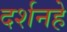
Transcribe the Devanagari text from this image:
दर्शनहे